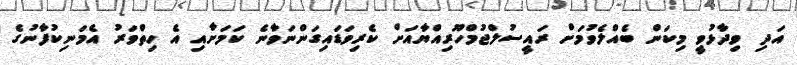
އަދި ވިދާޅުވީ މިކަން ބެއްލެވުމަށް ރައީސުލްޖުމްހޫރިއްޔާއަށް ކެރިވަޑައިގަންނަވާނެ ކަމަށާއި އެ ހިތްވަރު އެމަނިކުފާނުގެ